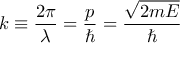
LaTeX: k \equiv { \frac { 2 \pi } { \lambda } } = { \frac { p } { \hbar } } = { \frac { \sqrt { 2 m E } } { \hbar } }